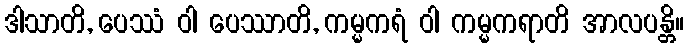
ဒါသာတိ, ပေဿံ ဝါ ပေဿာတိ, ကမ္မကရံ ဝါ ကမ္မကရာတိ အာလပန္တိ။